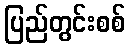
ပြည်တွင်းစစ်